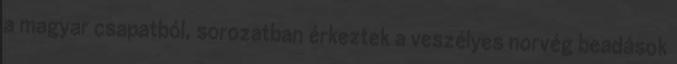
a magyar csapatból, sorozatban érkeztek a veszélyes norvég beadások